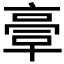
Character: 𠆀